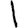
Digit: 1